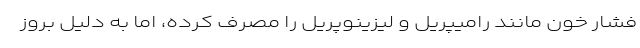
فشار خون مانند رامیپریل و لیزینوپریل را مصرف کرده، اما به دلیل بروز